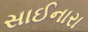
સાઈનારા